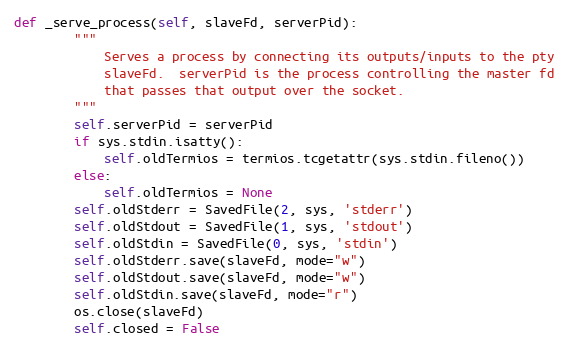
Language: Python
def _serve_process(self, slaveFd, serverPid):
        """
            Serves a process by connecting its outputs/inputs to the pty
            slaveFd.  serverPid is the process controlling the master fd
            that passes that output over the socket.
        """
        self.serverPid = serverPid
        if sys.stdin.isatty():
            self.oldTermios = termios.tcgetattr(sys.stdin.fileno())
        else:
            self.oldTermios = None
        self.oldStderr = SavedFile(2, sys, 'stderr')
        self.oldStdout = SavedFile(1, sys, 'stdout')
        self.oldStdin = SavedFile(0, sys, 'stdin')
        self.oldStderr.save(slaveFd, mode="w")
        self.oldStdout.save(slaveFd, mode="w")
        self.oldStdin.save(slaveFd, mode="r")
        os.close(slaveFd)
        self.closed = False